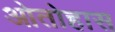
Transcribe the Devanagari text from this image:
ओतोहास